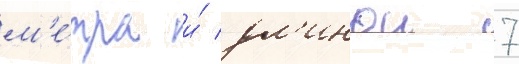
м'е́тра и́ дл'инои 7